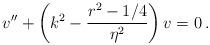
LaTeX: \begin{align*}v'' + \left( k^2 - {r^2-1/4 \over \eta^2} \right) v = 0 \, .\end{align*}